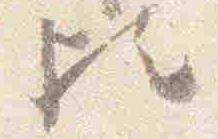
比